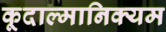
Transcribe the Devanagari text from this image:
कूदाल्मानिक्यम